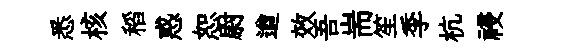
悉核稻惑恕尉遒效吾耑笙季杭祲